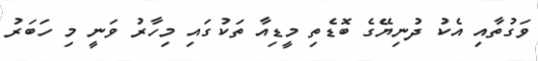
ވަގުތާއި އެކު ދުނިޔޭގެ ބޮޑެތި މީޑިއާ ތަކުގައި މިހާރު ވަނީ މި ހަބަރު